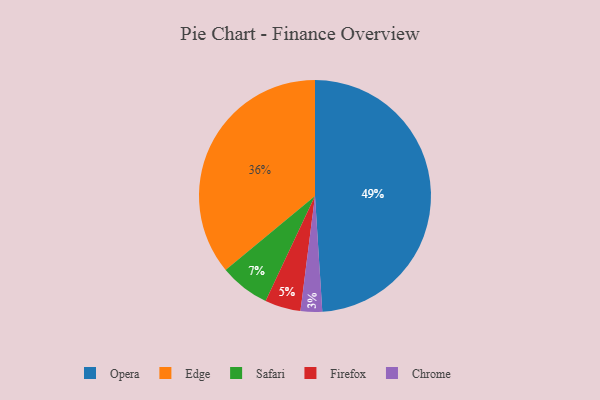
{"axis": {"x": "Category", "y": "Percentage"}, "legend": ["Chrome", "Edge", "Firefox", "Opera", "Safari"], "data": [{"x": "Safari", "y": 7, "type": "Safari"}, {"x": "Firefox", "y": 5, "type": "Firefox"}, {"x": "Chrome", "y": 3, "type": "Chrome"}, {"x": "Opera", "y": 49, "type": "Opera"}, {"x": "Edge", "y": 36, "type": "Edge"}]}